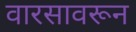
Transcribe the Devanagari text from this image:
वारसावरून